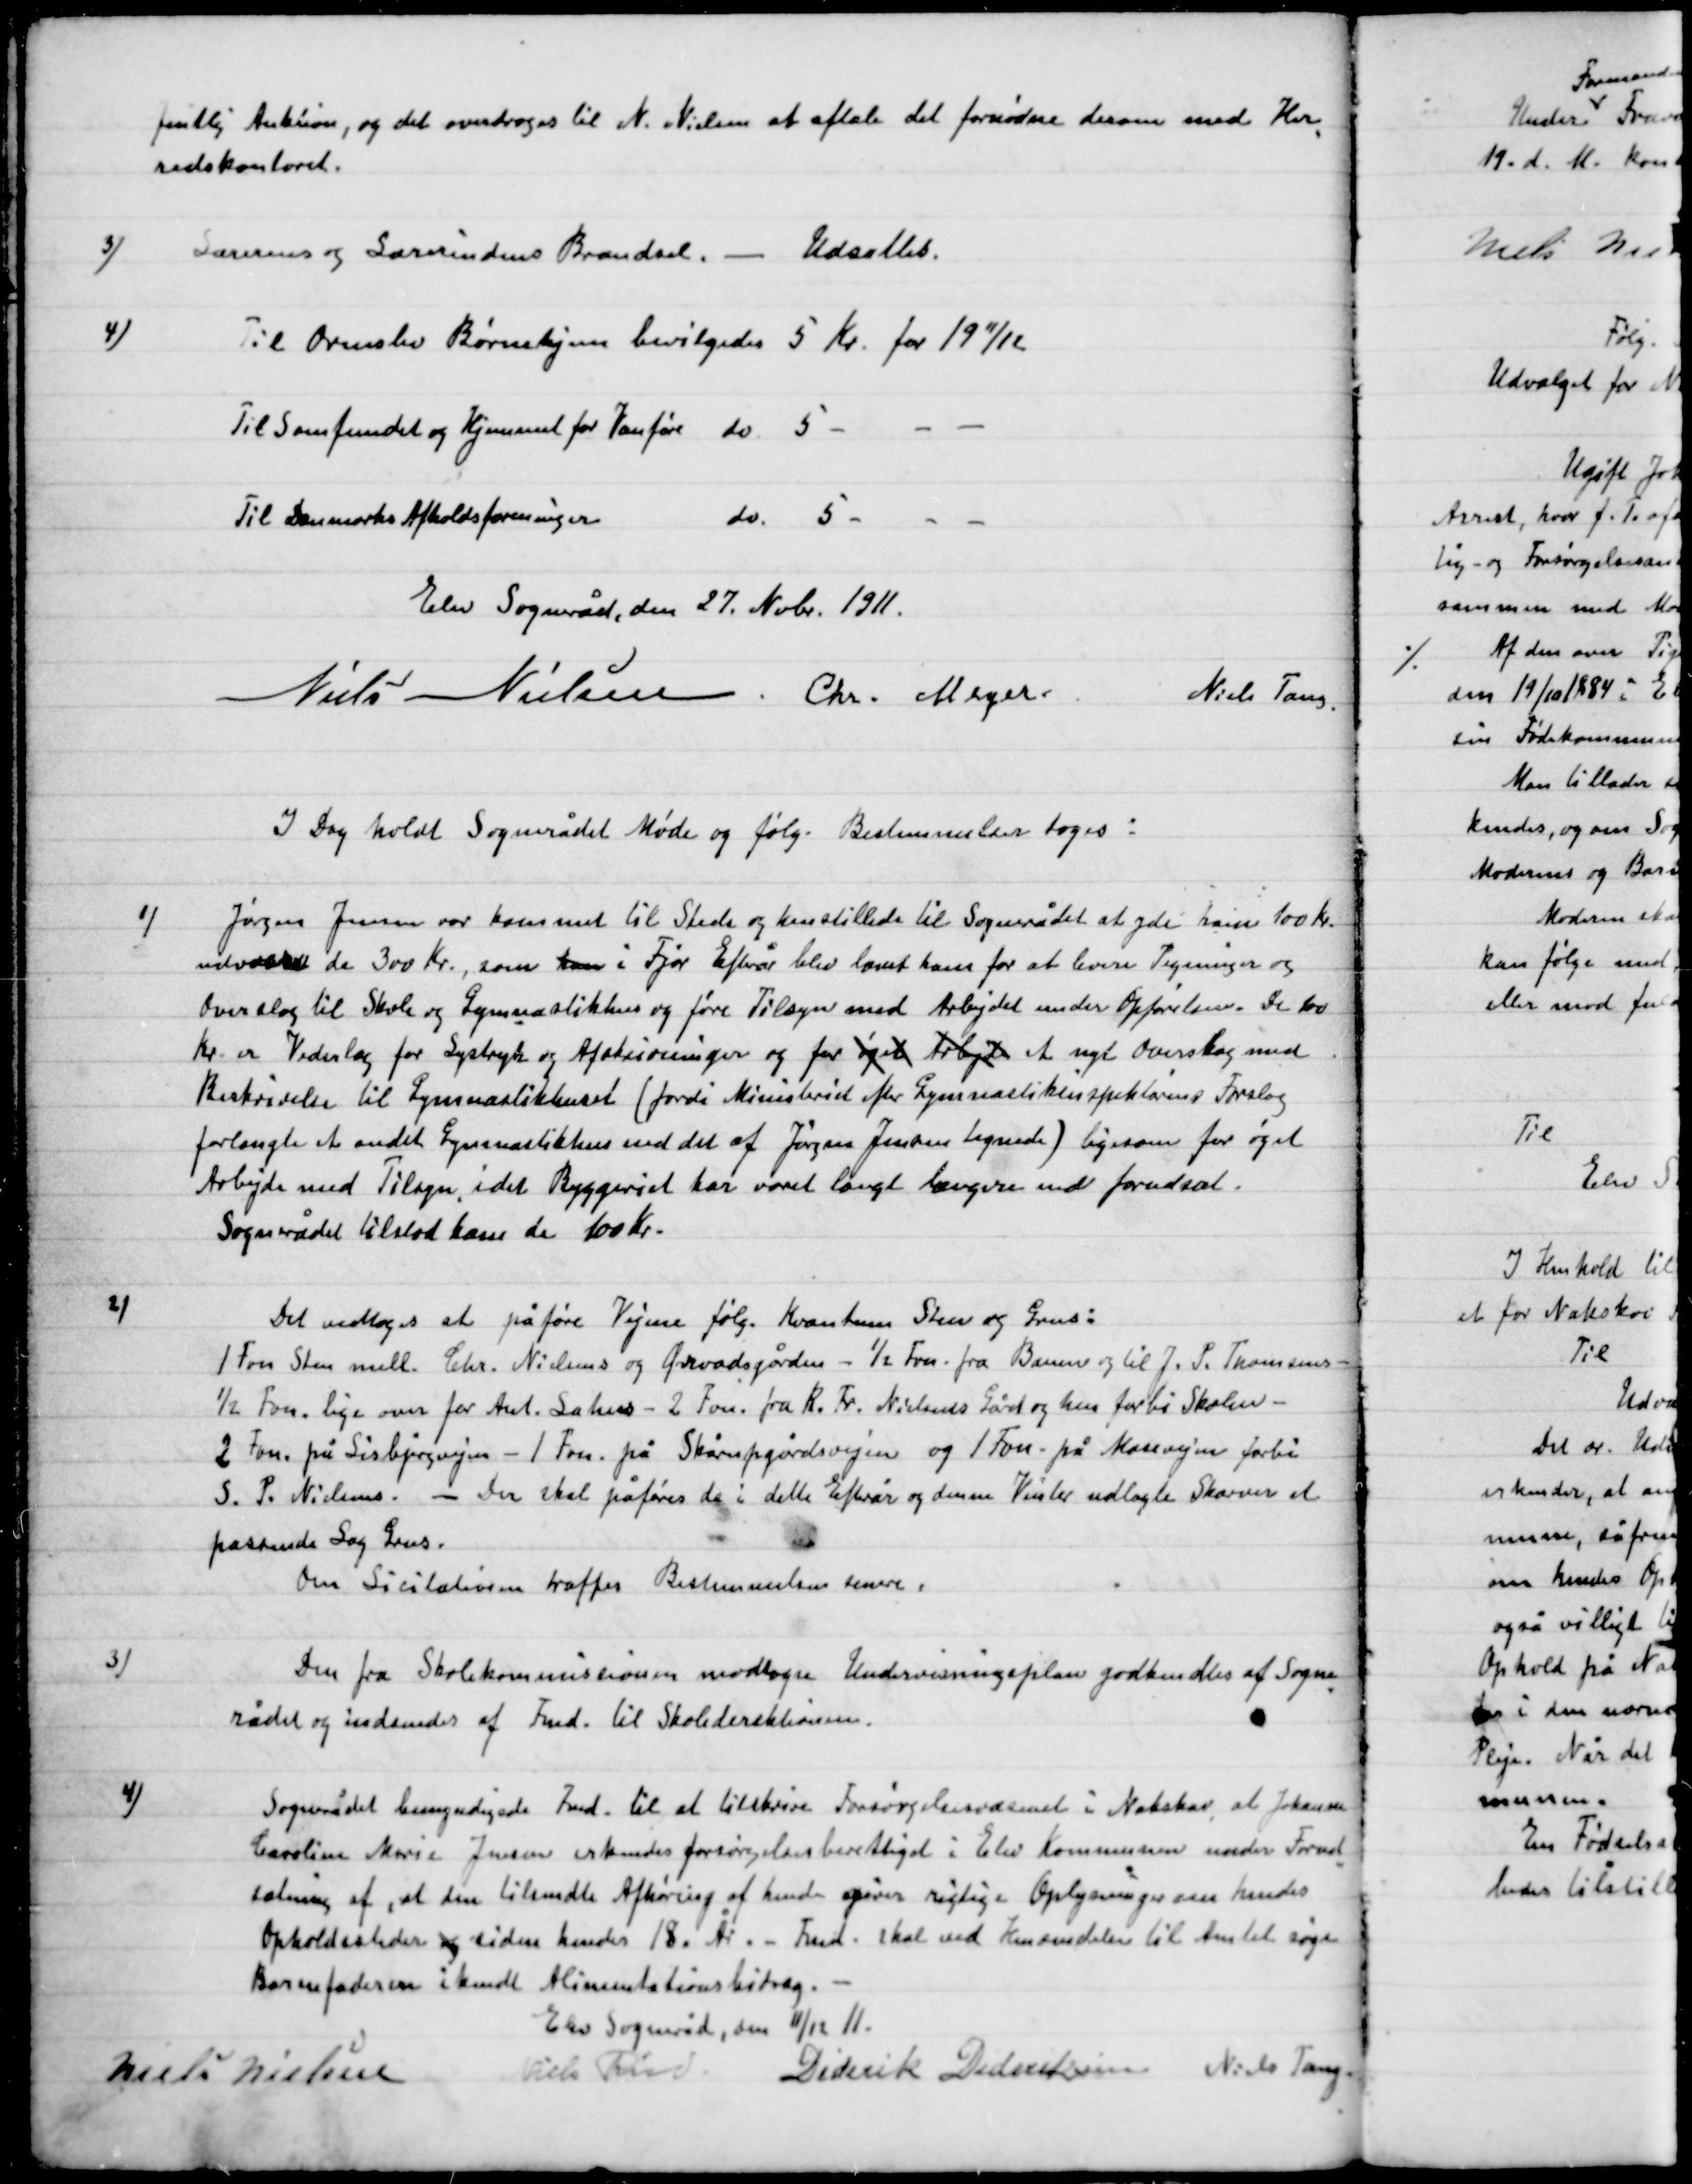
Transskription:
fentlig Auktion, og det overdroges til N. Nielsen at aftale det fornødne derom med Her-
redskontoret.

3)

Lærernes og Lærerindernes Brændsel. – Udsattes.

4)

Til Ormslev Børnehjem bevilgedes 5 Kr. for 19 11/12
Til Samfundet og hjemmet for Vanføre Do. 5 Kr.  - - -
Til Danmarks Afholdsforening Do. 5 Kr.  - - -

Elev Sogneråd, den 27. Nobv. 1911.

Niels Nielsen
Chr. Meyer.
Niels Tang

I Dag holdt Sognerådet Møde og følg. Bestemmelser toges.

1)

Jørgen Jensen var kommet til stede og henstillede til sognerådet at yde ham 100 Kr.
Vedrørende de 300 Kr. som han i Fjor Efter år blev lovet ham for at levere Tegninger og
Overslag til Skole og Gymnastikhus og føre Tilsyn med Arbejdet under Opførelsen. De 100
Kr. er vederlag for Lystryk og Afstivninger og for  Arbejde et nyt Overslag mod
Restskrivelser til Gymnastikhuset (fordi Minusbrid efter Gymnastikinspektørens Forslag
Forlangte et andet Gymnastikhus mod det af Jørgen Jensens tegnede) ligesom for øget
Arbejde med Tilsyn, idet Byggeriet har været langt længere end forudset.
Sognerådet tilstod han de 100 Kr.

2)

Det vedtoges at påføre Vejene følg. Kvantum Sten og Grus:
1 Fvn. Sten mell. Chr. Nielsens og Ørvadsgård - ½ Fvn. fra Banen og til j. S. Thomsen
½ Fvn. lige over for Amt. Sahus – 2 Favn fra K. Fr. Nielsens Gård og hus forbi Skolen –
2 Fvn. på Lisbjergvejen – 1 Fvn. på Skårupsgårds vejen og 1 Fvn. på mosevejen forbi
S. P. Nielsens – Der skal påføres de i dette Efterår og denne vinter udlagte Skærve et
Passende Lag Grus.
Om Licitationen træffes Bestemmelser senere.

3)

Den fra Skolekommissionen modtagen Undervisningsplan godkendtes af Sogne-
Rådet og indsendt til Fmd. til Skoleredaktionen.

4)

Sognerådet bemyndigede Fmd. til at tilskrive Forsørgelse væsenet i Nakskov, at Johanne
Caroline Marie Jensen erkendes forsørgelses berettigede i Elev Kommune under forud-
sætning af, at den tilmeldte Afhøring af hende givne Oplysninger kendes
Opholdssteder siden hendes 18. År. – Fmd. skal ved Henvendelser til Amtet søge
Barnefaderen i kendt Alimentationsbidrag. –

Elev sogneråd, den 11/12 11.

Niels Nielsen
Niels Rud
Diderik Dideriksen
Niels Tang.